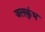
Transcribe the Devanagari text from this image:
जलकुंभ